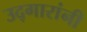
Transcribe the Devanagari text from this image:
उद्गारांनी